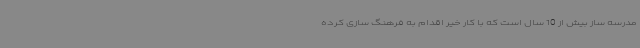
مدرسه ساز بیش از 10 سال است که با کار خیر اقدام به فرهنگ سازی کرده